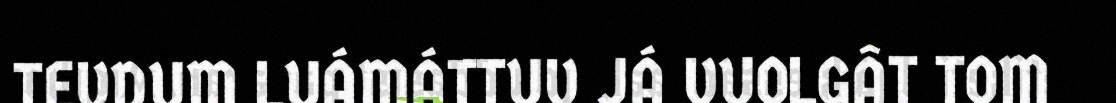
TEVDUM LUÁMÁTTUV JÁ VUOLGÂT TOM